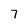
Character: 7